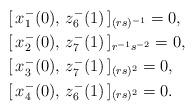
LaTeX: \begin{align*} &[\,x_{1}^-(0),\,z_{6}^-(1)\,]_{(rs)^{-1}}=0,\\ &[\,x_{2}^-(0),\,z_{7}^-(1)\,]_{r^{-1}s^{-2}}=0, \\ &[\,x_{3}^-(0),\,z_{7}^-(1)\,]_{(rs)^{2}}=0,\\ & [\,x_{4}^-(0),\,z_{6}^-(1)\,]_{(rs)^{2}}=0.\end{align*}